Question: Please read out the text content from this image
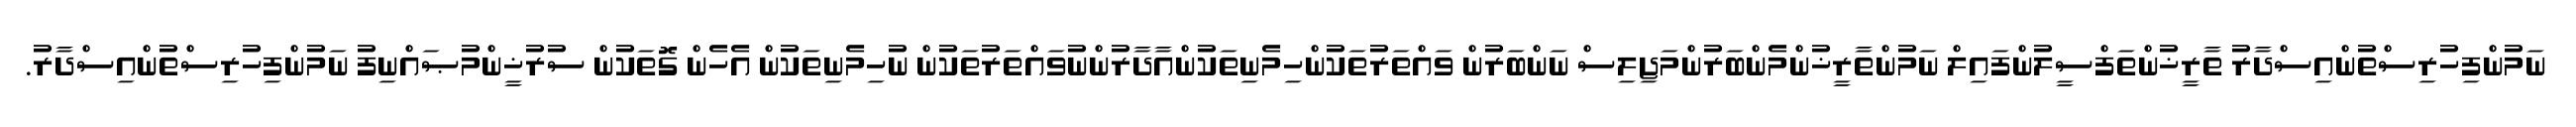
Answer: ނަމުންފިހުރިސްތުންއިސްދާރު ތާރީޚުންތަފްސީލުންފައިލް ނަމުންތާރީޚުންމެންބަރުންމަޖިލިސް ނަންބަރުން ވައްތަރުތަކުންހިމެނިތަކުންއާދާރުންނުވައްތަރުތަކުން ނުހިމެނިތަކުން އެހެން ގޮތަކުން ސުރުޚީންމުޞައްނިފު ނަމުންފިހުރިސްތުންއިސްދާރު.